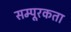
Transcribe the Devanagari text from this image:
सम्पूरकता